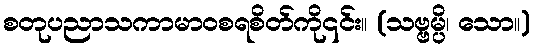
စတုပညာသကာမာဝစရစိတ်ကို၎င်း။ (သဗ္ဗမ္ပိ၊ သော။)